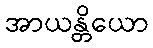
အာယန္တိယော